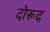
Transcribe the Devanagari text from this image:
दोरूद